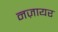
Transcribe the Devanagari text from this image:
नज़ायर